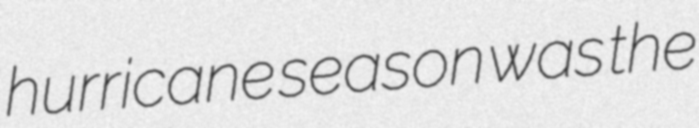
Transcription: hurricane season was the